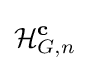
{\mathcal {H}}_{G,n}^{\mathbf {c} }